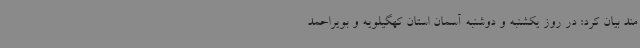
مند بیان کرد: در روز یکشنبه و دوشنبه آسمان استان کهگیلویه و بویراحمد